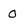
Character: 0